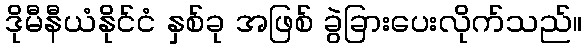
ဒိုမီနီယံနိုင်ငံ နှစ်ခု အဖြစ် ခွဲခြားပေးလိုက်သည်။